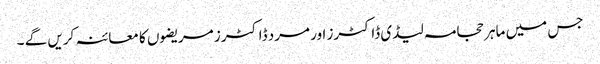
جس میں ماہر حجامہ لیڈی ڈاکٹرز اور مرد ڈاکٹرز مریضوں کا معائنہ کریں گے ۔